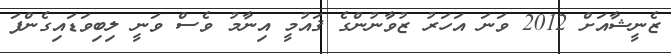
ޒެނީޝާއަށް 2012 ވަނަ އަހަރު ޒުވާނުންގެ ޤައުމީ އިނާމު ވެސް ވަނީ ލިބިވަޑައިގެންފަ